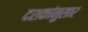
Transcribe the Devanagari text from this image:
दशकांनुसार